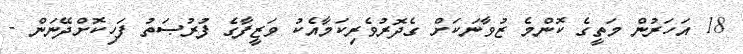
18 އަހަރުން މަތީގެ ކޮންމެ ޒުވާނަކަށް ގެދޮރުވެރިކަމާއެކު ވަޒީފާގެ ފުރުޞަތު ފަހިކޮށްދޭނަން -